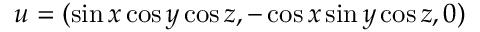
\boldsymbol { u } = ( \sin x \cos y \cos z , - \cos x \sin y \cos z , 0 )